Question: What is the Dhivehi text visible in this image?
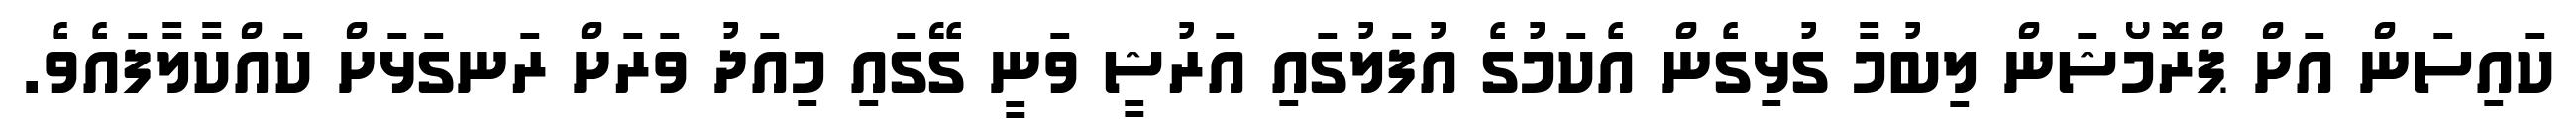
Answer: ކައިސަން އަށް ޕްރޮމޯޝަން ލިބުމާ ގުޅިގެން އެކަމުގެ އުފަލުގައި އަރުޝީ ވަނީ ގޭގައި މިއަދު ވަރަށް ރަނގަޅަށް ކައްކާލާފައެވެ.